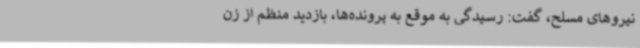
نیروهای مسلح، گفت: رسیدگی به موقع به پرونده‌ها، بازدید منظم از زن